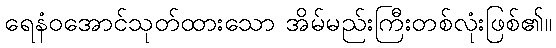
ရေနံဝအောင်သုတ်ထားသော အိမ်မည်းကြီးတစ်လုံးဖြစ်၏။